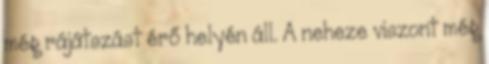
még rájátszást érő helyén áll. A neheze viszont még